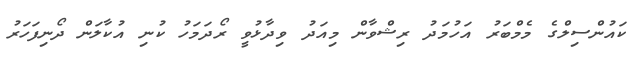
ކައުންސިލްގެ މެމްބަރު އަހުމަދު ރިޝްވާން މިއަދު ވިދާޅުވީ ރޯދަމަހު ކުނި އުކާލަން ދޯނިފަހަރު